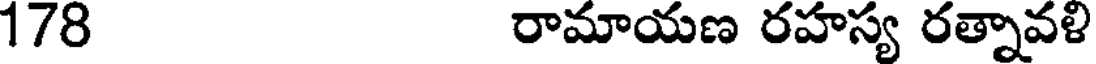
178 రామాయణ రహస్య రత్నావళి